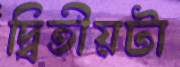
দ্বিতীয়টা